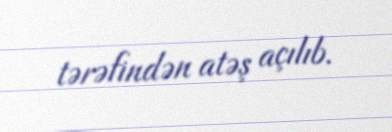
tərəfindən atəş açılıb.